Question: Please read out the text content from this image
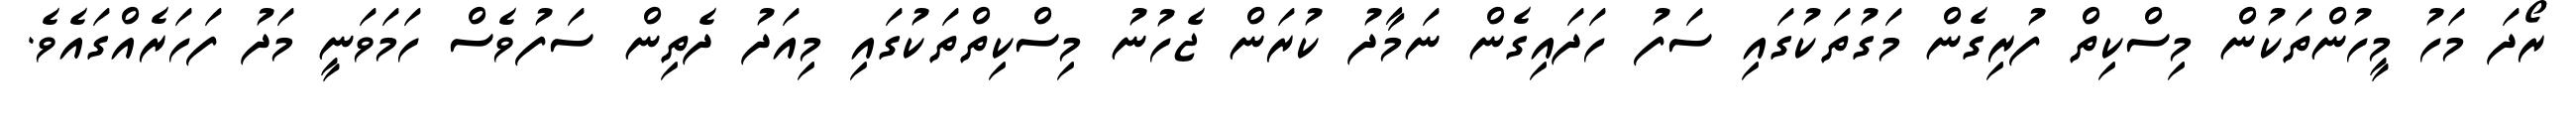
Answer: ރޯދަ މަހު މީހުންތަކުން މިސްކިތް ފުރިގެން މަގުތަކުގައި ސަފު ހަދައިގެން ނަމާދު ކުރަން ޖެހުނު މިސްކިތްތަކުގައި މިއަދު ދެތިން ސަފުވެސް ހަމަވަނީ މަދު ފަހަރެއްގައެވެ.